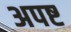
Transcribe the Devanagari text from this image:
अपष्ट